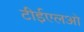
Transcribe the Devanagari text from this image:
टीईएलओ